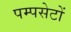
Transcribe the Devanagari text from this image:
पम्पसेटों